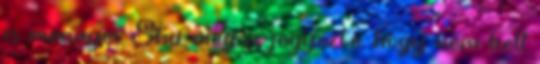
is mennyei. Shu meg is jegyezte, hogy nem kell